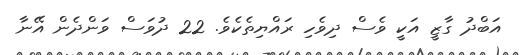
އަބްދު ގާޒީ އަކީ ވެސް ދިވެހި ރައްޔިތެކެވެ. 22 ދުވަސް ވަންދެން އޭނާ